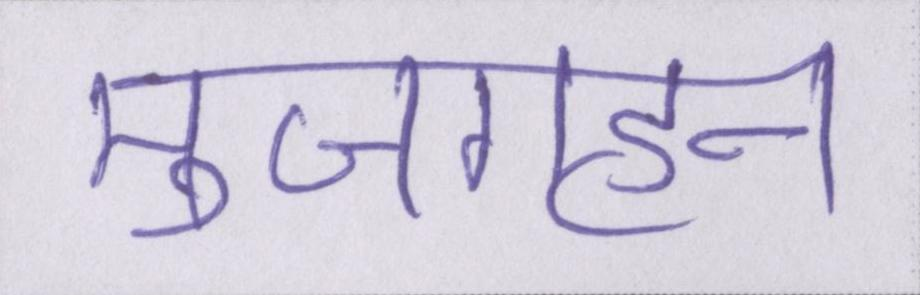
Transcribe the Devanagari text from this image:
मुजगहन